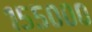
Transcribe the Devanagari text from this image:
१५५०००